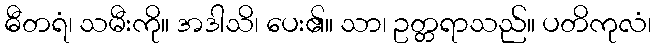
ဓီတရံ၊ သမီးကို။ အဒါသိ၊ ပေး၏။ သာ၊ ဥတ္တရာသည်။ ပတိကုလံ၊